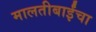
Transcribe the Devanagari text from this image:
मालतीबाईंचा